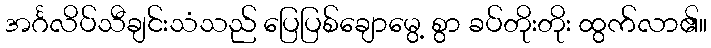
အင်္ဂလိပ်သီချင်းသံသည် ပြေပြစ်ချောမွေ့ စွာ ခပ်တိုးတိုး ထွက်လာ၏။